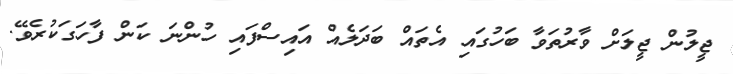
ޖީލުން ޖީލަށް ވާރުތަވާ ބަހުގައި އެތައް ބަދަލެއް އައިސްފައި ހުންނަ ކަން ފާހަގަކުރެވޭ.